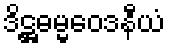
ဒိဋ္ဌဓမ္မဝေဒနီယံ